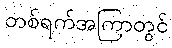
တစ်ရက်အကြာတွင်